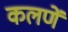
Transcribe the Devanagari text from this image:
कलणें